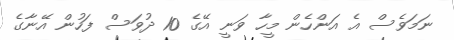
ނަމަވެސް އެ އަންހެން މީހާ ވަނީ އޭގެ 10 ދުވަސް ފަހުން އޭނާގެ